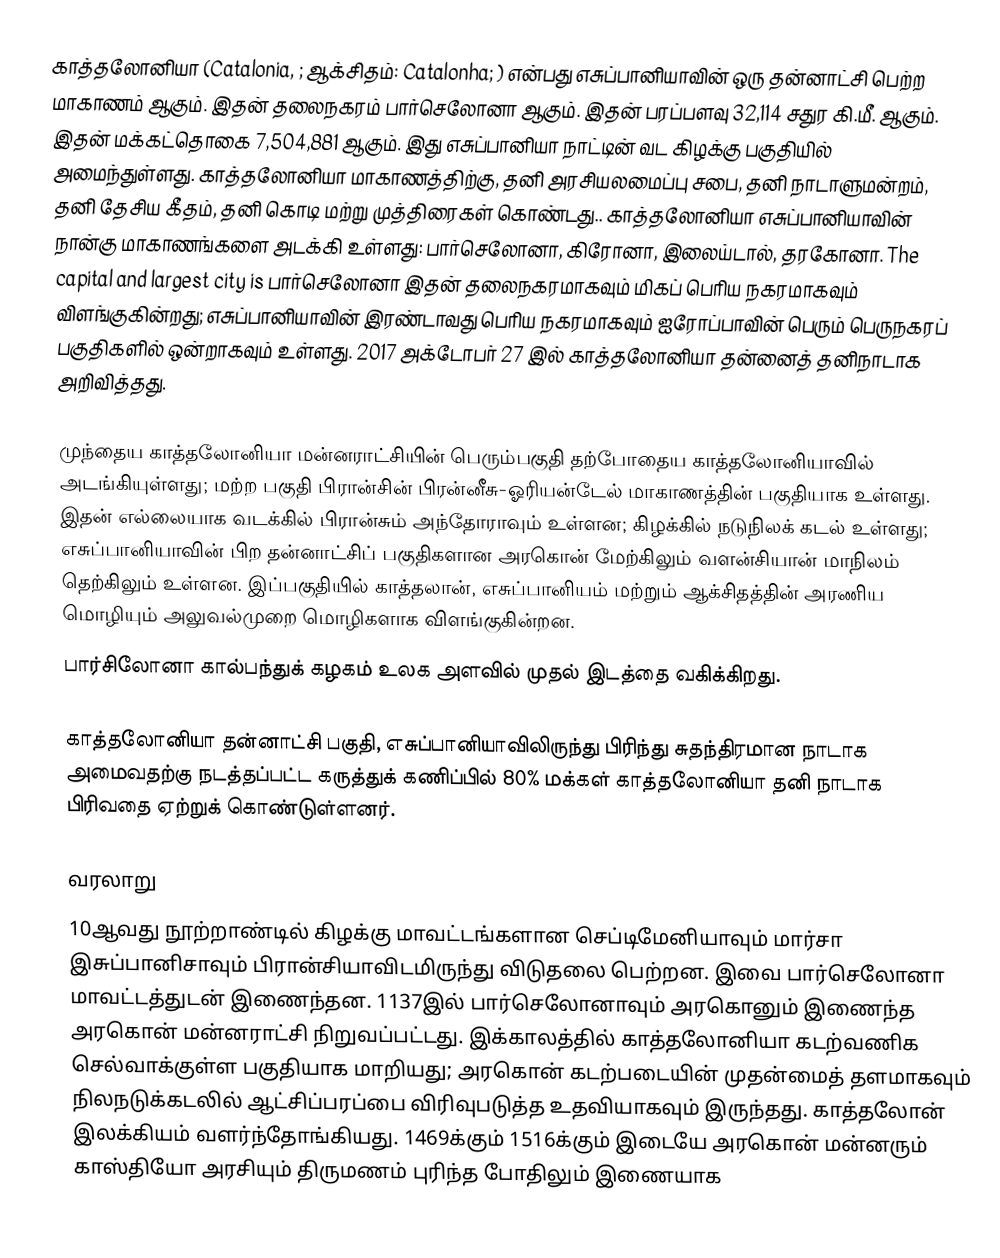
காத்தலோனியா (Catalonia, ; ஆக்சிதம்: Catalonha; ) என்பது எசுப்பானியாவின் ஒரு தன்னாட்சி பெற்ற மாகாணம் ஆகும். இதன் தலைநகரம் பார்செலோனா ஆகும். இதன் பரப்பளவு 32,114 சதுர கி.மீ. ஆகும். இதன் மக்கட்தொகை 7,504,881 ஆகும். இது எசுப்பானியா நாட்டின் வட கிழக்கு பகுதியில் அமைந்துள்ளது. காத்தலோனியா மாகாணத்திற்கு, தனி அரசியலமைப்பு சபை, தனி நாடாளுமன்றம், தனி தேசிய கீதம், தனி கொடி மற்று முத்திரைகள் கொண்டது.. காத்தலோனியா எசுப்பானியாவின் நான்கு மாகாணங்களை அடக்கி உள்ளது: பார்செலோனா, கிரோனா, இலைய்டால், தரகோனா. The capital and largest city is பார்செலோனா இதன் தலைநகரமாகவும் மிகப் பெரிய நகரமாகவும் விளங்குகின்றது; எசுப்பானியாவின் இரண்டாவது பெரிய நகரமாகவும் ஐரோப்பாவின் பெரும் பெருநகரப் பகுதிகளில் ஒன்றாகவும் உள்ளது. 2017 அக்டோபர் 27 இல் காத்தலோனியா தன்னைத் தனிநாடாக அறிவித்தது.

முந்தைய காத்தலோனியா மன்னராட்சியின் பெரும்பகுதி தற்போதைய காத்தலோனியாவில் அடங்கியுள்ளது; மற்ற பகுதி பிரான்சின் பிரன்னீசு-ஓரியன்டேல் மாகாணத்தின் பகுதியாக உள்ளது. இதன் எல்லையாக வடக்கில்  பிரான்சும்  அந்தோராவும் உள்ளன;  கிழக்கில் நடுநிலக் கடல் உள்ளது;  எசுப்பானியாவின் பிற தன்னாட்சிப் பகுதிகளான அரகொன் மேற்கிலும்  வளன்சியான் மாநிலம் தெற்கிலும் உள்ளன. இப்பகுதியில் காத்தலான், எசுப்பானியம் மற்றும் ஆக்சிதத்தின் அரணிய மொழியும் அலுவல்முறை மொழிகளாக விளங்குகின்றன.
பார்சிலோனா கால்பந்துக் கழகம் உலக அளவில் முதல் இடத்தை வகிக்கிறது.

காத்தலோனியா தன்னாட்சி பகுதி, எசுப்பானியாவிலிருந்து பிரிந்து சுதந்திரமான நாடாக அமைவதற்கு நடத்தப்பட்ட  கருத்துக் கணிப்பில் 80% மக்கள் காத்தலோனியா தனி நாடாக பிரிவதை ஏற்றுக் கொண்டுள்ளனர்.

வரலாறு
10ஆவது நூற்றாண்டில் கிழக்கு மாவட்டங்களான செப்டிமேனியாவும் மார்சா இசுப்பானிசாவும் பிரான்சியாவிடமிருந்து விடுதலை பெற்றன. இவை பார்செலோனா மாவட்டத்துடன் இணைந்தன. 1137இல் பார்செலோனாவும் அரகொனும் இணைந்த அரகொன் மன்னராட்சி நிறுவப்பட்டது. இக்காலத்தில் காத்தலோனியா கடற்வணிக செல்வாக்குள்ள பகுதியாக மாறியது; அரகொன் கடற்படையின் முதன்மைத் தளமாகவும் நிலநடுக்கடலில் ஆட்சிப்பரப்பை விரிவுபடுத்த உதவியாகவும் இருந்தது. காத்தலோன் இலக்கியம் வளர்ந்தோங்கியது. 1469க்கும் 1516க்கும் இடையே அரகொன் மன்னரும் காஸ்தியோ அரசியும் திருமணம் புரிந்த போதிலும் இணையாக